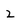
Character: 2